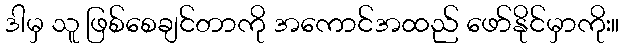
ဒါမှ သူ ဖြစ်စေချင်တာကို အကောင်အထည် ဖော်နိုင်မှာကိုး။